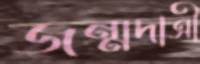
জন্মদাত্রী